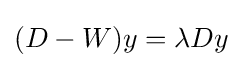
(D-W)y=\lambda Dy